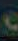
•